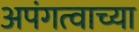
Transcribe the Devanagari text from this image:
अपंगत्वाच्या